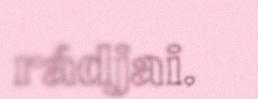
rádjai.